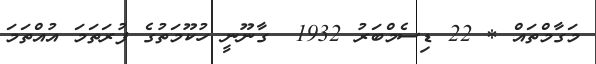
މަގާމްތައް * 22 ޑިސެމްބަރު 1932  ގާނޫނީ ހުކޫމަތުގެ ފުރަތަމަ އުއްތަމަ